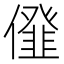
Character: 𠏪